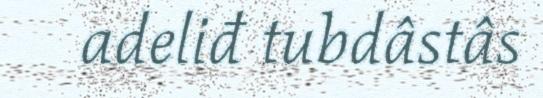
adeliđ tubdâstâs